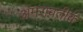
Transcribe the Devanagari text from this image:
अमरावतीक